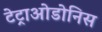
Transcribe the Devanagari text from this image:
टेट्राओडोनिस